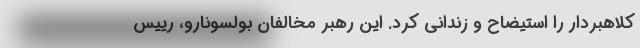
کلاهبردار را استیضاح و زندانی کرد. این رهبر مخالفان بولسونارو، رییس